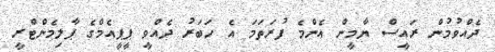
ދެއްވުމުން ރައީސް ޔާމީން އެންމެ ފުރަތަމަ އެ ހަބަރު ދެއްވީ ޕީޕީއެމްގެ ޕާލިމެންޓްރީ